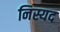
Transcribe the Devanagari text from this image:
निस्यद